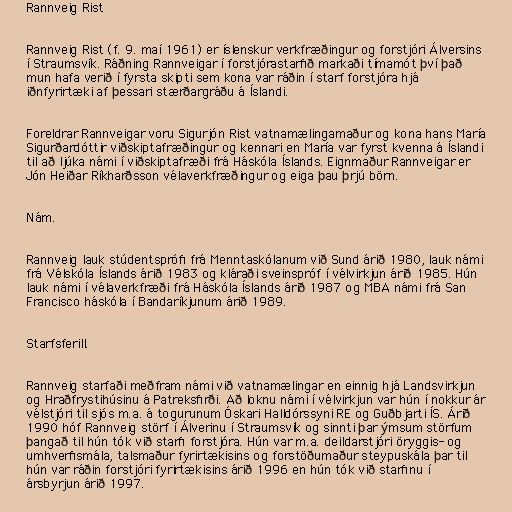
Rannveig Rist

Rannveig Rist (f. 9. maí 1961) er íslenskur verkfræðingur og forstjóri Álversins
í Straumsvík. Ráðning Rannveigar í forstjórastarfið markaði tímamót því það
mun hafa verið í fyrsta skipti sem kona var ráðin í starf forstjóra hjá
iðnfyrirtæki af þessari stærðargráðu á Íslandi.

Foreldrar Rannveigar voru Sigurjón Rist vatnamælingamaður og kona hans María
Sigurðardóttir viðskiptafræðingur og kennari en María var fyrst kvenna á Íslandi
til að ljúka námi í viðskiptafræði frá Háskóla Íslands. Eignmaður Rannveigar er
Jón Heiðar Ríkharðsson vélaverkfræðingur og eiga þau þrjú börn.

Nám.

Rannveig lauk stúdentsprófi frá Menntaskólanum við Sund árið 1980, lauk námi
frá Vélskóla Íslands árið 1983 og kláraði sveinspróf í vélvirkjun árið 1985. Hún
lauk námi í vélaverkfræði frá Háskóla Íslands árið 1987 og MBA námi frá San
Francisco háskóla í Bandaríkjunum árið 1989.

Starfsferill.

Rannveig starfaði meðfram námi við vatnamælingar en einnig hjá Landsvirkjun
og Hraðfrystihúsinu á Patreksfirði. Að loknu námi í vélvirkjun var hún í nokkur ár
vélstjóri til sjós m.a. á togurunum Óskari Halldórssyni RE og Guðbjarti ÍS. Árið
1990 hóf Rannveig störf í Álverinu í Straumsvík og sinnti þar ýmsum störfum
þangað til hún tók við starfi forstjóra. Hún var m.a. deildarstjóri öryggis- og
umhverfismála, talsmaður fyrirtækisins og forstöðumaður steypuskála þar til
hún var ráðin forstjóri fyrirtækisins árið 1996 en hún tók við starfinu í
ársbyrjun árið 1997.